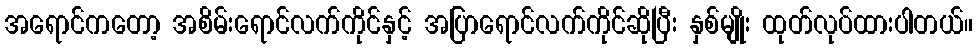
အရောင်ကတော့ အစိမ်းရောင်လက်ကိုင်နှင့် အပြာရောင်လက်ကိုင်ဆိုပြီး နှစ်မျိုး ထုတ်လုပ်ထားပါတယ်။